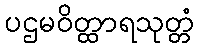
ပဌမဝိတ္ထာရသုတ္တံ